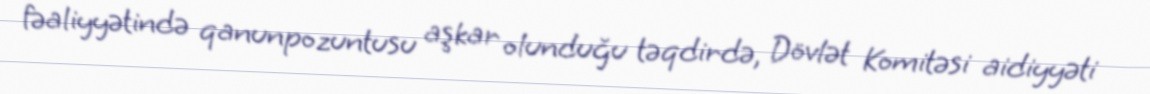
fəaliyyətində qanunpozuntusu aşkar olunduğu təqdirdə, Dövlət Komitəsi aidiyyəti